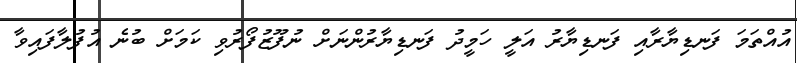
އުއްތަމަ ފަނޑިޔާރާއި ފަނޑިޔާރު އަލީ ހަމީދު ފަނޑިޔާރުންނަށް ނުފޫޒުފޯރުވި ކަމަށް ބުނެ އުފުލާފައިވާ